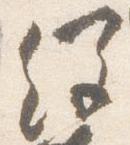
経